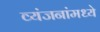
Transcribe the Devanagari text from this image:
व्यंजनांमध्ये